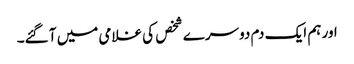
اور ہم ایک دم دوسرے شخص کی غلامی میں آ گئے۔